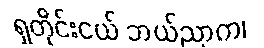
ရှတိုင်းငယ် ဘယ်ညာက၊